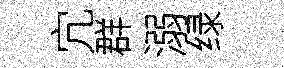
宂群溺绿